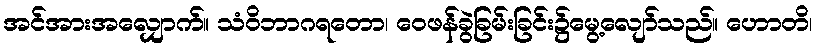
အင်အားအလျှောက်။ သံဝိဘာဂရတော၊ ဝေဖန်ခွဲခြမ်းခြင်း၌မွေ့လျော်သည်။ ဟောတိ၊